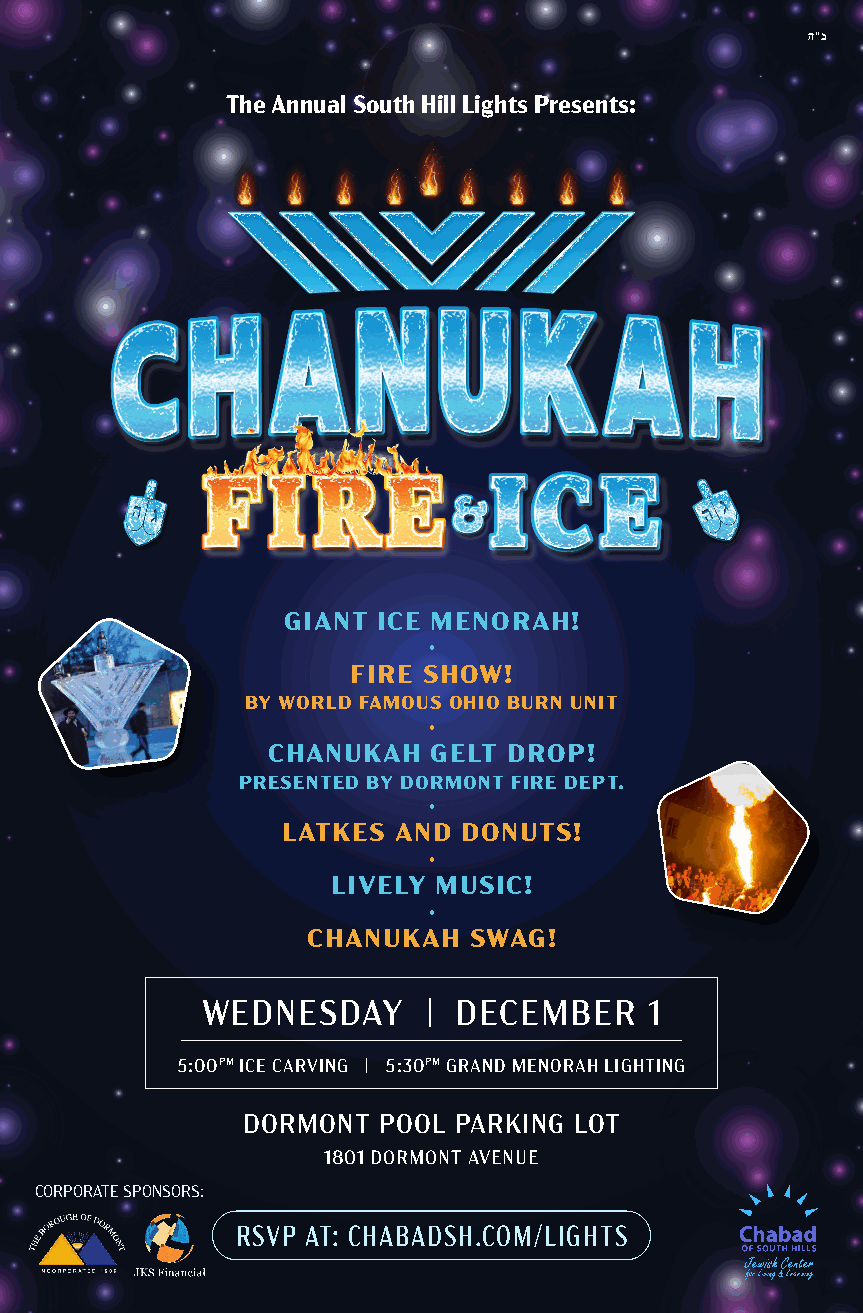
ה“ב
 The Annual South Hill Lights Presents:
 GIANT ICE MENORAH!
 
 FIRE SHOW!
 BY WORLD FAMOUS OHIO BURN UNIT
 
 CHANUKAH  GELT  DROP!
 PRESENTED BY DORMONT FIRE DEPT.
 
 LATKES AND  DONUTS!
 
 LIVELY MUSIC!
 
 CHANUKAH   SWAG!
 WEDNESDAY      | DECEMBER     1
 5:00PM ICE CARVING | 5:30PM GRAND MENORAH LIGHTING
 DORMONT  POOL PARKING LOT
 1801 DORMONT AVENUE
 CORPORATE SPONSORS:
 RSVP AT: CHABADSH.COM/LIGHTS